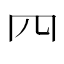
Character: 𦉪